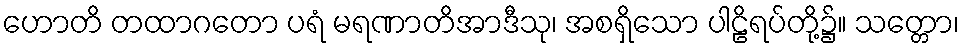
ဟောတိ တထာဂတော ပရံ မရဏာတိအာဒီသု၊ အစရှိသော ပါဠိရပ်တို့၌။ သတ္တော၊